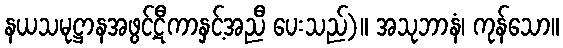
နယသမုဋ္ဌာနအဖွင့်ဋီကာနှင့်အညီ ပေးသည်)။ အသုဘာနံ၊ ကုန်သော။